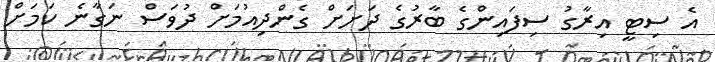
އެ ސިޓީ އިރާގު ސިފައިންގެ ބާރުގެ ދަށަށް ގެންދިއުމަށް ދުވަސް ނަގާނެ ކަމަށް